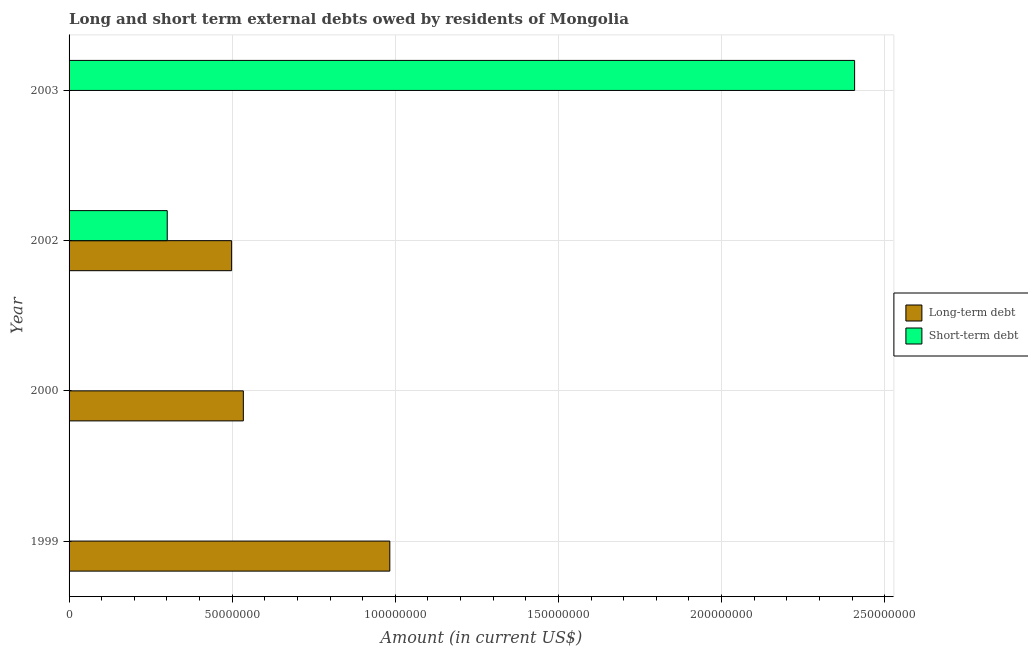
| Year | Long-term debt | Short-term debt |
 | --- | --- | --- |
 | 1999 | 9.83e+07 | -7.5e+06 |
 | 2000 | 5.34e+07 | -9.49e+06 |
 | 2002 | 4.98e+07 | 3.01e+07 |
 | 2003 | -1.54e+08 | 2.41e+08 |